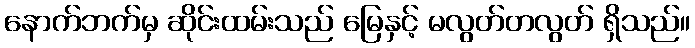
နောက်ဘက်မှ ဆိုင်းထမ်းသည် မြေနှင့် မလွတ်တလွတ် ရှိသည်။